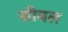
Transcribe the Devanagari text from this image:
सीबल